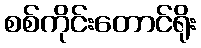
စစ်ကိုင်းတောင်ရိုး